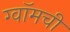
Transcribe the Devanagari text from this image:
ग्वॉमची